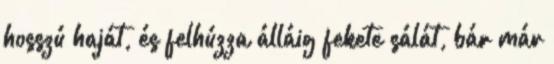
hosszú haját, és felhúzza álláig fekete sálát, bár már